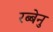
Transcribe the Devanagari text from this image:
रब्बेनु